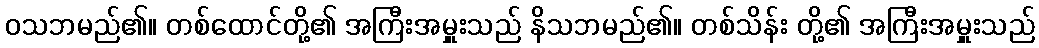
ဝသဘမည်၏။ တစ်ထောင်တို့၏ အကြီးအမှူးသည် နိသဘမည်၏။ တစ်သိန်း တို့၏ အကြီးအမှူးသည်